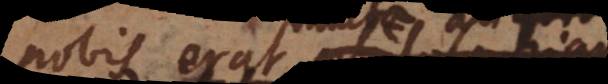
nobis erat